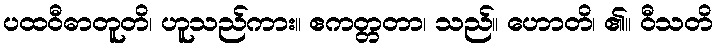
ပထဝီဓာတူတိ၊ ဟူသည်ကား။ ဧကတ္တတာ၊ သည်။ ဟောတိ၊ ၏။ ဝီသတိ